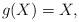
LaTeX: \begin{align*} g(X)=X,\end{align*}